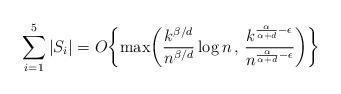
LaTeX: \begin{align*}\sum_{i=1}^5 |S_i| = O\biggl\{\max\biggl(\frac{k^{\beta/d}}{n^{\beta/d}} \log n \, , \, \frac{k^{\frac{\alpha}{\alpha+d}-\epsilon}}{n^{\frac{\alpha}{\alpha+d}-\epsilon}}\biggr)\biggr\}\end{align*}